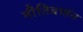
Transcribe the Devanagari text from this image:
नीतिवर्णन